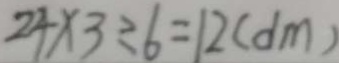
2 4 \times 3 \div 6 = 1 2 ( d m )